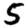
Digit: 5